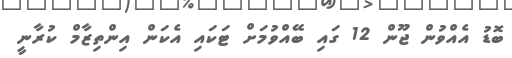
ބޮޑު އެއްވުން ޖޫން 12 ގައި ބޭއްވުމަށް ޓަކައި އެކަން އިންތިޒާމް ކުރާނީ